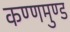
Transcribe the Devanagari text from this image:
कण्णमुण्ड